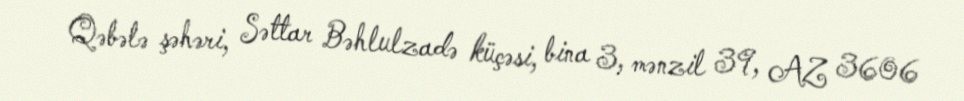
Qəbələ şəhəri, Səttar Bəhlulzadə küçəsi, bina 3, mənzil 39, AZ 3606